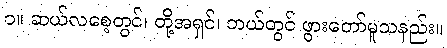
၁။ ဆယ်လစေ့တွင်၊ တို့အရှင်၊ ဘယ်တွင် ဖွားတော်မူသနည်း။